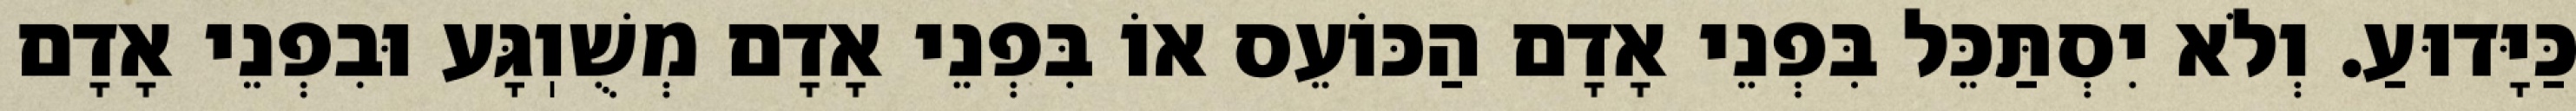
כַּיָּדוּעַ. וְלֹא יִסְתַּכֵּל בִּפְנֵי אָדָם הַכּוֹעֵס אוֹ בִּפְנֵי אָדָם מְשֻׁוֽגָּע וּבִפְנֵי אָדָם